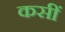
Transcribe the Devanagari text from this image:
कसीं